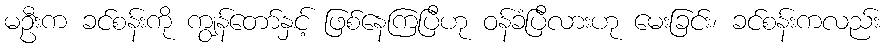
မဦးက ခင်စန်းကို ကျွန်တော်နှင့် ဖြစ်နေကြပြီဟု ဝန်ခံပြီလားဟု မေးခြင်း၊ ခင်စန်းကလည်း